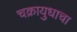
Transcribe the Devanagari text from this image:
चक्रायुधाचा